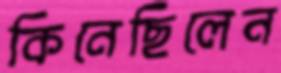
কিনেছিলেন